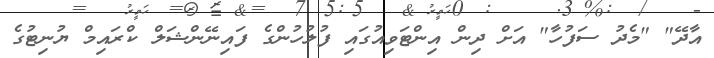
އާދޭ" "މެދު ސަފުހާ" އަށް ދިން އިންޓަވިއުގައި ފުލުހުންގެ ފައިނޭންޝަލް ކްރައިމް ޔުނިޓުގެ